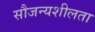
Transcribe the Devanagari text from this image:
सौजन्यशीलता